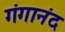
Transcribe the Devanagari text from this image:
गंगानंद